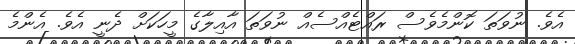
އެވެ. ނުވަތަ ކޮންމެވެސް ރައްޓެއްސެއް ނުވަތަ އާއިލާގެ މީހަކަށް ދެނީ އެވެ. އެންމެ